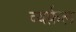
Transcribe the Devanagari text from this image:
व्यर्फ़ल